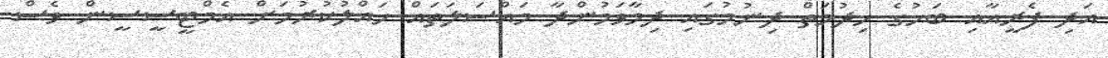
އަދި ފެރީއާއި ބަހުގެ ހިދުމަތް ދިނުމުގައި ދިމާވަމުންދާ މައްސަލަތައް ހައްލުކުރުމަށް އެމްޓީސީސީން ވެސް